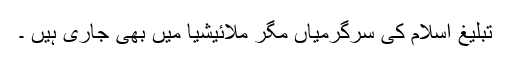
تبلیغِ اسلام کی سرگرمیاں مگر ملائیشیا میں بھی جاری ہیں ۔